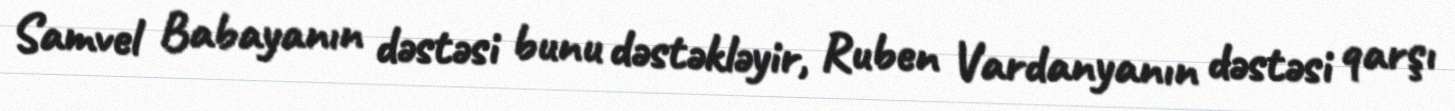
Samvel Babayanın dəstəsi bunu dəstəkləyir, Ruben Vardanyanın dəstəsi qarşı